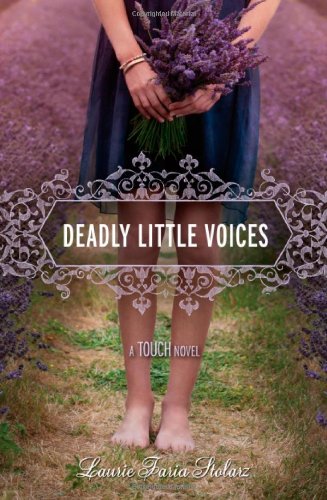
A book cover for Deadly Little Voices (A Touch Novel) (Touch Novels (Quality)); Laurie Faria Stolarz; Teen & Young Adult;